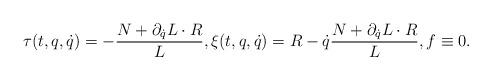
LaTeX: \begin{align*} \tau (t,q,\dot q)= -\frac{N+\partial_{\dot q}L\cdot R}{L}, \xi(t,q,\dot q)=R-\dot q \frac{N+\partial_{\dot q}L\cdot R}{L}, f\equiv 0.\end{align*}